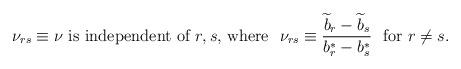
LaTeX: \begin{align*} \mbox{$\nu_{rs}\equiv\nu$ is independent of $r,s$, where}~~ \nu_{rs}\equiv{{\widetilde b}_r-{\widetilde b}_s\over b^*_r-b^*_s}~~ \mbox{for $r\not=s$.}\end{align*}